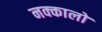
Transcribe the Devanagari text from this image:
नक्कालों